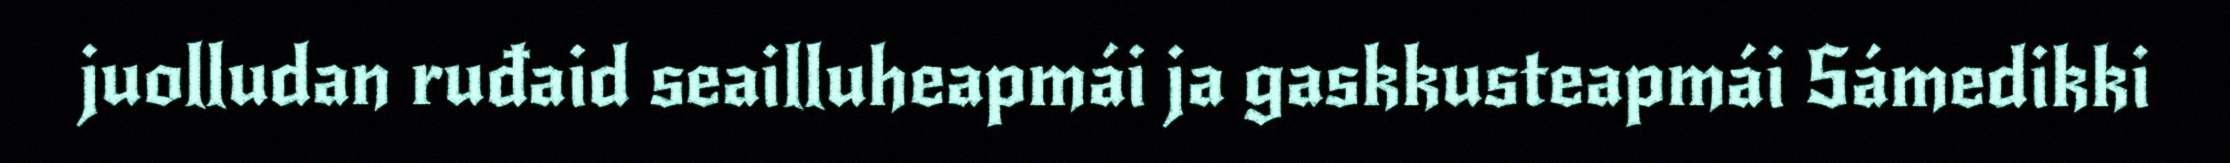
juolludan ruđaid seailluheapmái ja gaskkusteapmái Sámedikki